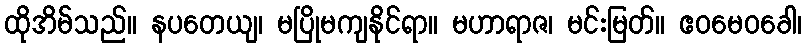
ထိုအိမ်သည်။ နပတေယျ၊ မပြိုမကျနိုင်ရာ။ မဟာရာဇ၊ မင်းမြတ်။ ဧဝမေဝခေါ၊